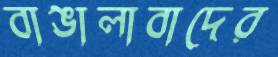
বাঙালাবাদের